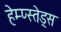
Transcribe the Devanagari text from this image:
हेम्प्स्तेड्स